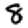
Digit: 8